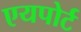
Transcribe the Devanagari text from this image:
एयपोर्ट